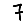
Digit: 7